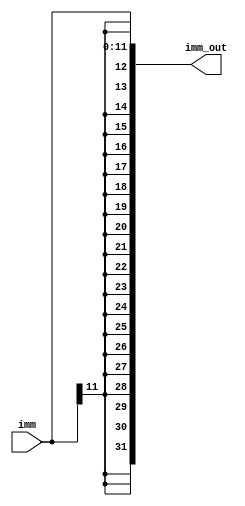
`timescale 1ns / 1ps
//////////////////////////////////////////////////////////////////////////////////
// Company: 
// Engineer: 
// 
// Design Name: 
// Module Name: signextender2
// Project Name: 
// Target Devices: 
// Tool Versions: 
// Description: 
// 
// Dependencies: 
// 
// Revision:
// Revision 0.01 - File Created
// Additional Comments:
// 
//////////////////////////////////////////////////////////////////////////////////


module signextender2(input [11:0] imm, output [31:0] imm_out

    );
    assign imm_out={{20{imm[11]}},imm};
endmodule